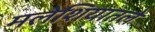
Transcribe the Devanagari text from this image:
मलेशियातले